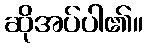
ဆိုအပ်ပါ၏။